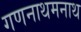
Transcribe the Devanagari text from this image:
गणनाथमनाथ